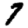
Digit: 7